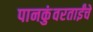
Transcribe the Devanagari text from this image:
पानकुंवरताईंचे